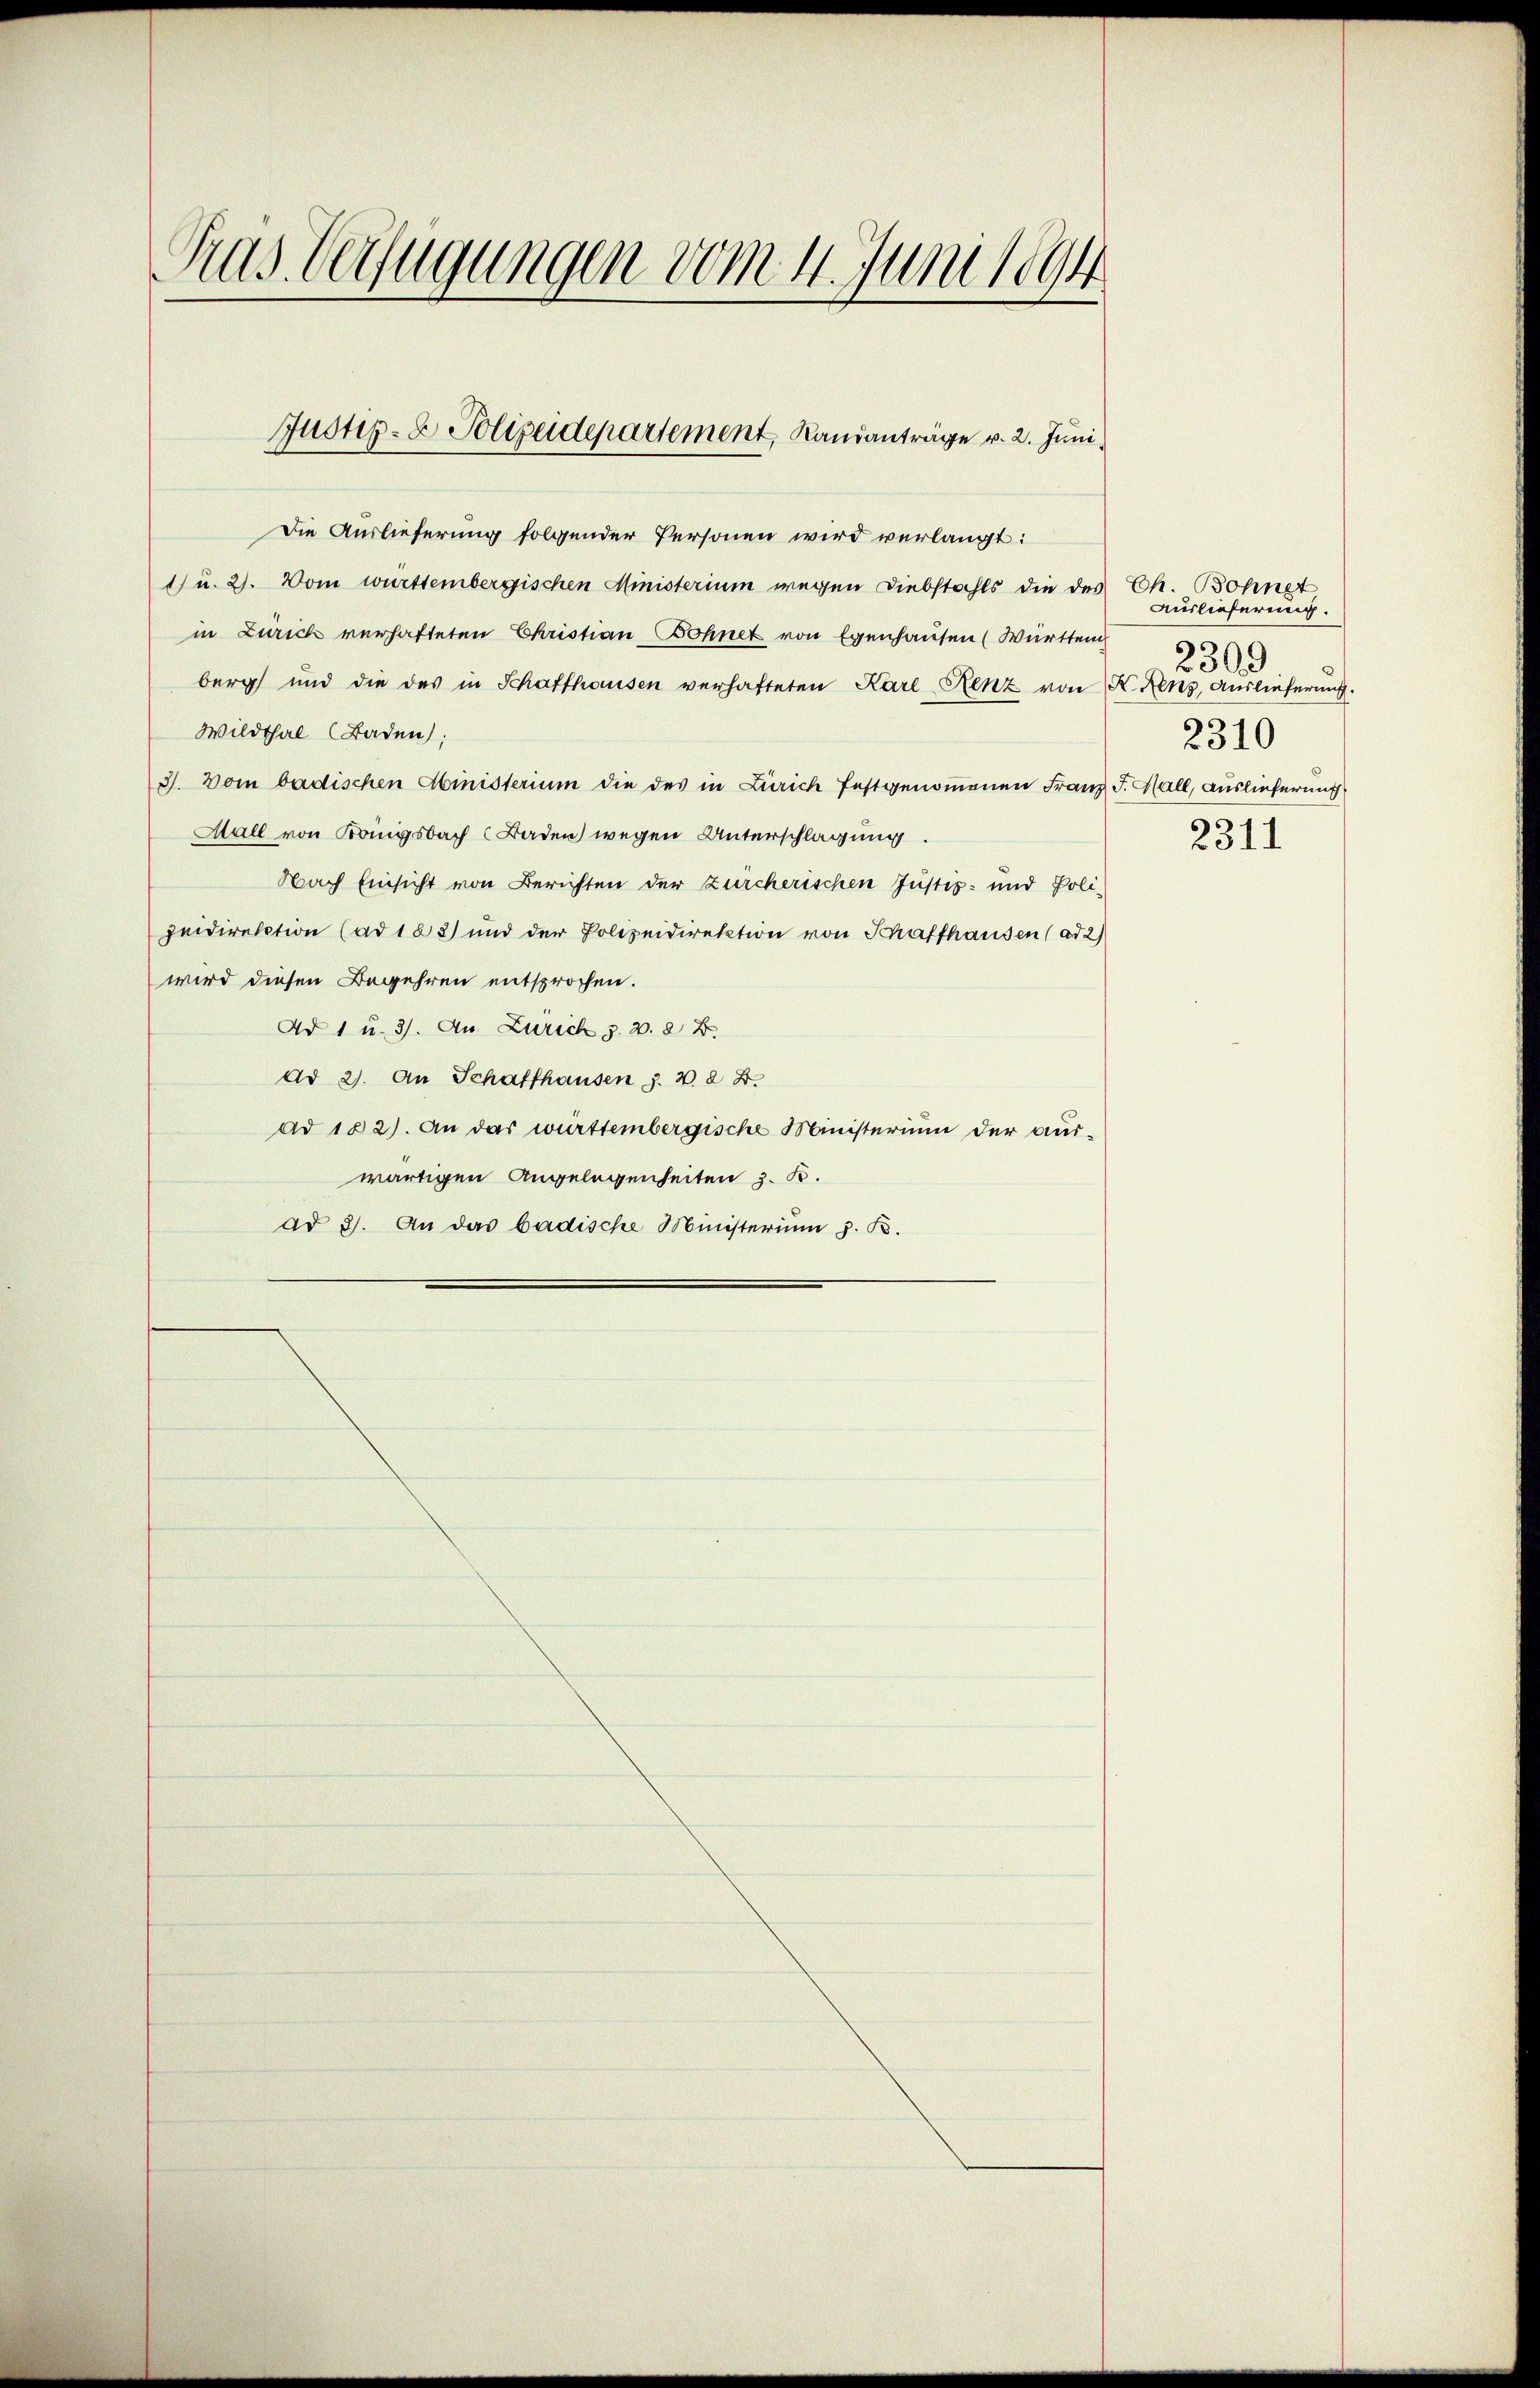
Gras Verfügungen vom 4. Juni 1894

Die Auslieferung folgender Personen wird verlangt:
1) u. 2. Vom württembergischen Ministerium wegen Diebstahls die des
in Zürich verhafteten Christian Bohnet von Egenhausen (Württem
berg und die des in Schaffhausen verhafteten Karl-Renz von K. Renz, Auslieferung.
Wildthal (Baden,
3. Vom badischen Ministerium die des in Zürich festgenommenen Franz J. Hall, Auslieferung
Mall von Königsbach Baden wegen Unterschlagung.
Nach Einsicht von Berichten der zürcherischen Justiz- und Poli-
zeidirektion (ad 123) und der Polizeidirektion von Schaffhausen (ad 2)
wird diesen Begehren entsprochen.
Ad 1 u. 3. An Zürich z. B. 8 B.
dd 2. An Schaffhausen z. B. § 2.
Ad 182). An das württembergische Ministerium der aus-
wärtigen Angelegenheiten z. B.
ad 3. An das badische Ministerium z. B.

Justiz- & Polizeidepartement, Rausanträge v. 2. Juni

Ch. Bohnet
Aieslieferung.
C
34
2310
2311